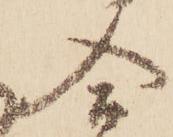
合